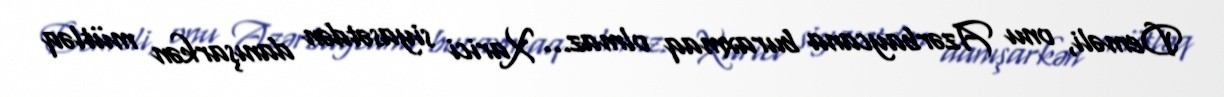
Deməli, onu Azərbaycana buraxmaq olmaz... Xarici siyasətdən danışarkən mütləq